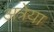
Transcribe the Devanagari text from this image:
अत्रेया